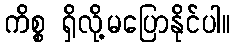
ကိစ္စ ရှိလို့မပြောနိုင်ပါ။